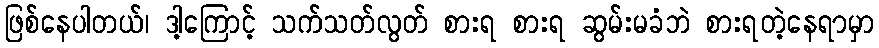
ဖြစ်နေပါတယ်၊ ဒါ့ကြောင့် သက်သတ်လွတ် စားရ စားရ ဆွမ်းမခံဘဲ စားရတဲ့နေရာမှာ